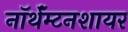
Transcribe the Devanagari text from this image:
नॉर्थॅम्टनशायर